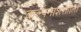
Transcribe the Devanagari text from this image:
कल्पनाशक्तीला